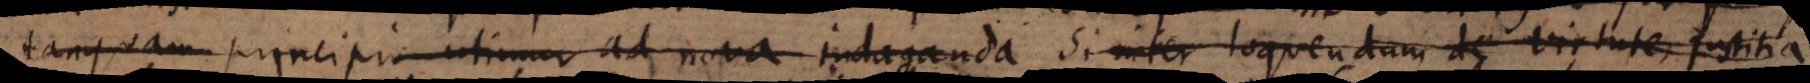
tanquam principio utimur ad nova indaganda. Si inter loquendum de virtute, justitia